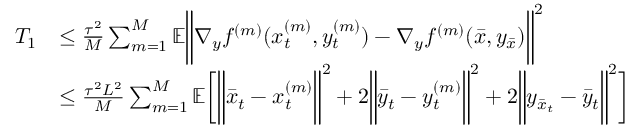
\begin{array} { r l } { T _ { 1 } } & { \leq \frac { \tau ^ { 2 } } { M } \sum _ { m = 1 } ^ { M } \mathbb { E } \bigg \| \nabla _ { y } f ^ { ( m ) } ( x _ { t } ^ { ( m ) } , y _ { t } ^ { ( m ) } ) - \nabla _ { y } f ^ { ( m ) } ( \bar { x } , y _ { \bar { x } } ) \bigg \| ^ { 2 } } \\ & { \leq \frac { \tau ^ { 2 } L ^ { 2 } } { M } \sum _ { m = 1 } ^ { M } \mathbb { E } \bigg [ \bigg \| \bar { x } _ { t } - x _ { t } ^ { ( m ) } \bigg \| ^ { 2 } + 2 \bigg \| \bar { y } _ { t } - y _ { t } ^ { ( m ) } \bigg \| ^ { 2 } + 2 \bigg \| y _ { \bar { x } _ { t } } - \bar { y } _ { t } \bigg \| ^ { 2 } \bigg ] } \end{array}